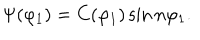
\Psi ( \varphi _ { 1 } ) = C ( \varphi _ { 1 } ) \sin n \varphi _ { 1 } .